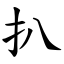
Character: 扒